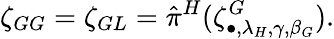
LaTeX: \zeta_{GG}=\zeta_{GL}=\hat{\pi}^{H}(\zeta_{\bullet,\lambda_{H},\gamma,\beta_{G}}^{G}).